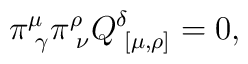
\pi^\mu_{\,\,\gamma} \pi^\rho_{\,\,\nu}  Q^\delta_{\,\,[\mu , \rho]} = 0 ,